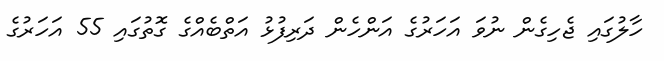
ހާލުގައި ޖެހިގެން ނުވަ އަހަރުގެ އަންހެން ދަރިފުޅު އަތްބެއްގެ ގޮތުގައި 55 އަހަރުގެ